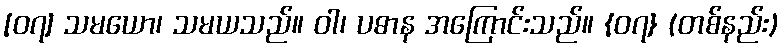
[၀၇] သမယော၊ သမယသည်။ ဝါ၊ ပဓာန အကြောင်းသည်။ {၀၇} (တစ်နည်း)